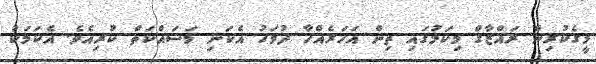
މީގެކުރިން ރައްޒާގް މިކަމުގައި ތިން އަހަރެއްހާ ދުވަހު އެކަނި މަސައްކަތް ކުރިއެވެ. އެކަމަކު